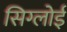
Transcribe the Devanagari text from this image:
सिग्लोई